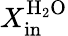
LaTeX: X_{\mathrm{in}}^{\mathrm{H_{2}O}}